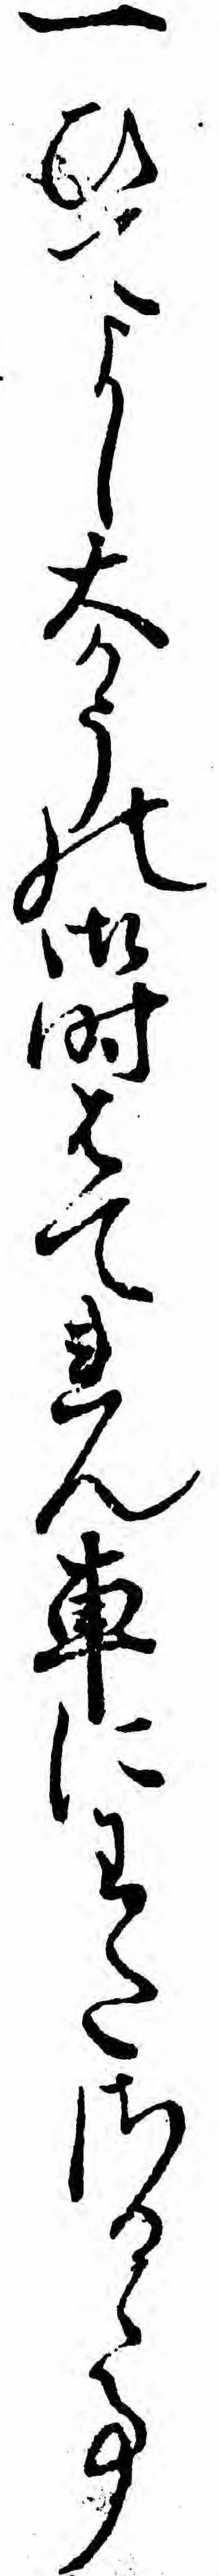
一ひてよし大かうの御時はてれん車にわたさるゝ事